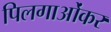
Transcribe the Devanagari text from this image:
पिलगाओंकर